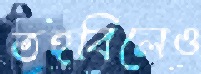
তহবিলেও